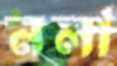
নলা